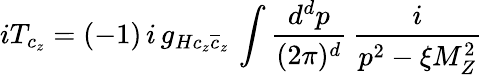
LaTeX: iT_{c_{z}}=(-1)\, i\, g_{H{c_{z}}{\overline{{{c}}}_{z}}}\, \int\frac{d^{d}p}{(2\pi)^{d}}\, \frac{i}{p^{2}-\xi M_{Z}^{2}}